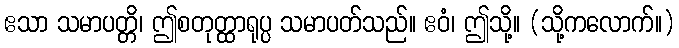
ဧသာ သမာပတ္တိ၊ ဤစတုတ္ထာရုပ္ပ သမာပတ်သည်။ ဧဝံ၊ ဤသို့။ (သို့ကလောက်။)